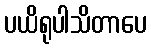
ပယိရုပါသိတာပေ